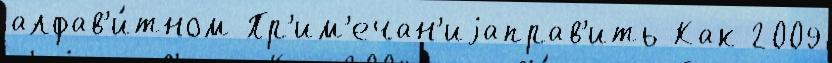
алфав'и́тном Пр'им'ечан'иjаправ'ить Как 2009